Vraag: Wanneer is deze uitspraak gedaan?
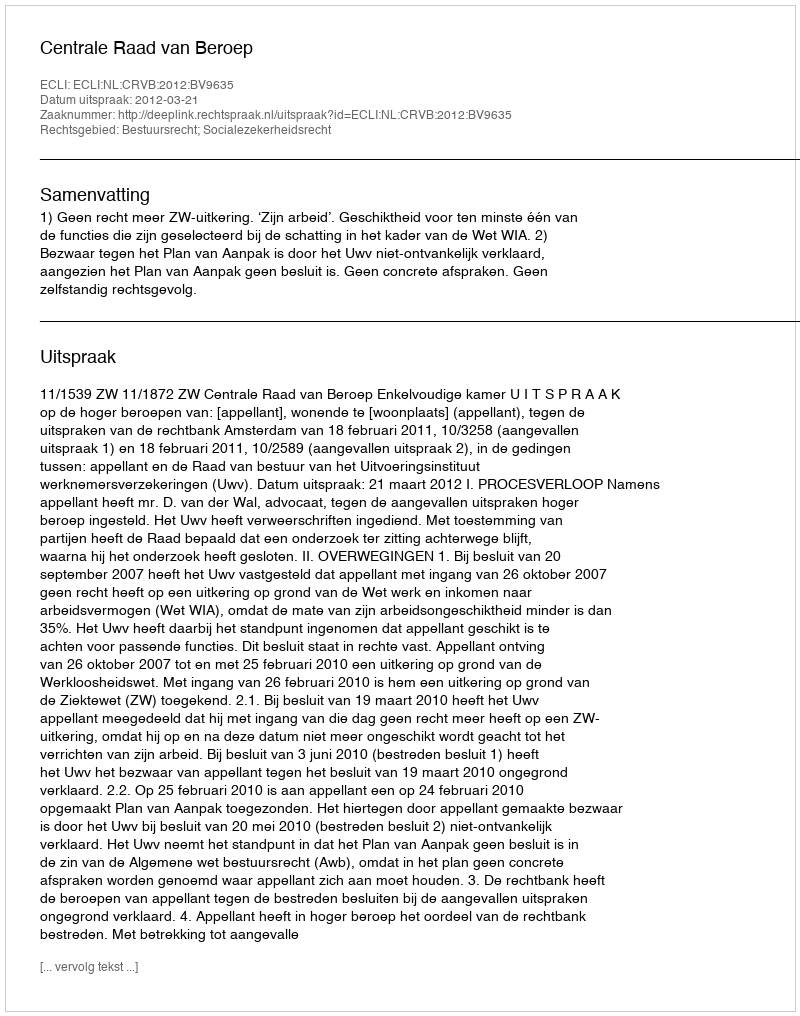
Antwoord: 2012-03-21